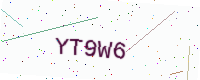
Text: YT9W6